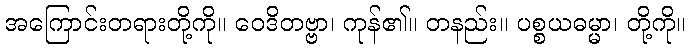
အကြောင်းတရားတို့ကို။ ဝေဒိတဗ္ဗာ၊ ကုန်၏။ တနည်း။ ပစ္စယဓမ္မာ၊ တို့ကို။